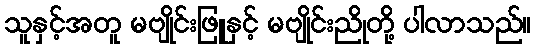
သူနှင့်အတူ မဗျိုင်းဖြူနှင့် မဗျိုင်းညိုတို့ ပါလာသည်။